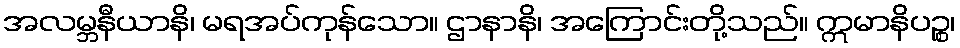
အလမ္ဘနီယာနိ၊ မရအပ်ကုန်သော။ ဌာနာနိ၊ အကြောင်းတို့သည်။ ဣမာနိပဉ္စ၊